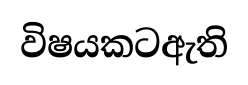
විෂයකටඇති